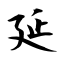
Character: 延